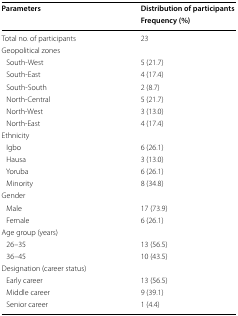
<table><thead><tr><td rowspan="2"><b>Parameters</b></td><td><b>Distribution of participants</b></td></tr><tr><td><b>Frequency (%)</b></td></tr></thead><tbody><tr><td>Total no. of participants</td><td>23</td></tr><tr><td colspan="2">Geopolitical zones</td></tr><tr><td> South-West</td><td>5 (21.7)</td></tr><tr><td> South-East</td><td>4 (17.4)</td></tr><tr><td> South-South</td><td>2 (8.7)</td></tr><tr><td> North-Central</td><td>5 (21.7)</td></tr><tr><td> North-West</td><td>3 (13.0)</td></tr><tr><td> North-East</td><td>4 (17.4)</td></tr><tr><td colspan="2">Ethnicity</td></tr><tr><td> Igbo</td><td>6 (26.1)</td></tr><tr><td> Hausa</td><td>3 (13.0)</td></tr><tr><td> Yoruba</td><td>6 (26.1)</td></tr><tr><td> Minority</td><td>8 (34.8)</td></tr><tr><td colspan="2">Gender</td></tr><tr><td> Male</td><td>17 (73.9)</td></tr><tr><td> Female</td><td>6 (26.1)</td></tr><tr><td colspan="2">Age group (years)</td></tr><tr><td> 26–35</td><td>13 (56.5)</td></tr><tr><td> 36–45</td><td>10 (43.5)</td></tr><tr><td colspan="2">Designation (career status)</td></tr><tr><td> Early career</td><td>13 (56.5)</td></tr><tr><td> Middle career</td><td>9 (39.1)</td></tr><tr><td> Senior career</td><td>1 (4.4)</td></tr></tbody></table>